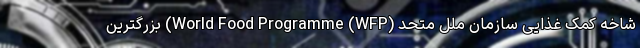
شاخه کمک غذایی سازمان ملل متحد (World Food Programme (WFP) بزرگترین